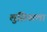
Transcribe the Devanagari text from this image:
लुसियाला